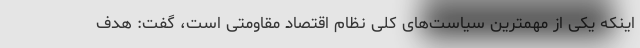
اینکه یکی از مهمترین سیاست‌های کلی نظام اقتصاد مقاومتی است، گفت: هدف